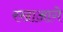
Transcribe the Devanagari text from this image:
रखाआगे